Civil Veterinary Department. United Provinces 1923-31 - 1923-1931
Year: 1923
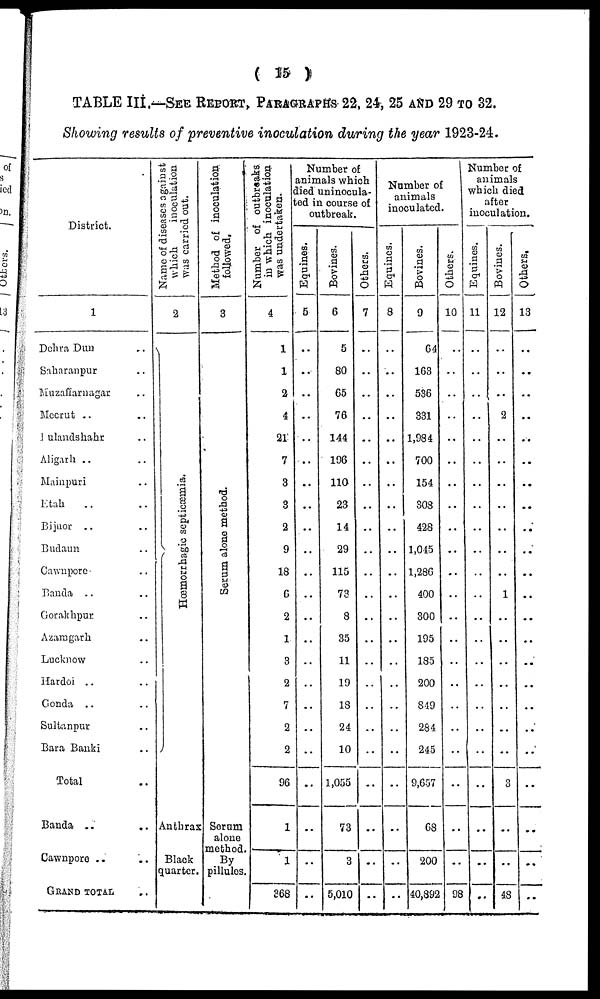
( 15 )
TABLE III.—SEE REPORT, PARAGRAPHS 22, 24, 25 AND 29 to 32.
Showing results of preventive inoculation during the year 1923-24.
District.
1
Dehra Dun ..
Saharanpur ..
Muzuzaffarnagar ..
Meerut .. ..
Mulandshahr ..
Aligarh .. ..
Mainpuri ..
Etah .. ..
Bijnor .. ..
Budaun ..
Cawnpore ..
Banda .. ..
Gorakhpur ..
Azarmgarh ..
Lucknow ..
Hardoi .. ..
Gonda .. ..
Sultanpur ..
Bara Banki ..
Total ..
Banda .. ..
Cawnpore .. ..
GRAND TOTAL ..
Name of diseases against
which
inoculation
was carried out.
2
Hæmorrhagic septicæmia.
Anthras
Black
quarter.
Method of inoculation
followed.
3
Se r
um alone method
Serum
alone
method.
By
pillulos.
Number of outbreaks
in which inoculation
was undertaken.
4
1
1
2
4
21
7
3
3
2
9
18
6
2
1
3
2
7
2
2
96
1
1
368
Number of
animals which
Lied uninocula-
ed in course of
outbreak.
Equines.
5
..
..
..
..
..
..
..
..
..
..
..
..
..
..
..
..
..
..
..
..
..
..
Bovines.
6
5
80
65
76
144
196
110
23
14
29
115
73
8
35
11
19
18
24
10
1,055
73
3
5,010
Others.
J
7
..
..
..
..
..
..
..
..
..
..
..
..
..
..
..
..
..
..
..
..
..
..
Number of
animals
inoculated.
Equines.
8
..
..
..
..
..
..
..
..
..
..
..
..
..
..
..
..
..
..
..
..
..
..
..
Bovines.
9
64
163
536
331
1,984
700
154
303
428
1,045
1,286
400
300
195
185
200
849
284
245
9,657
68
200
40,392
Others.
10
..
..
..
..
..
..
..
..
..
..
..
..
..
..
..
..
..
..
..
..
..
..
98
Number of
animals
which died
after
inoculation.
Equines.
11
..
..
..
..
..
..
..
..
..
..
..
..
..
..
..
..
..
...
..
..
..
..
..
Bovines.
12
..
..
..
2
..
..
..
..
..
..
..
1
..
..
..
..
..
..
..
3
..
..
48
Others.
13
..
..
..
..
..
..
..
..
..
..
..
..
..
..
..
..
..
..
..
..
..
..